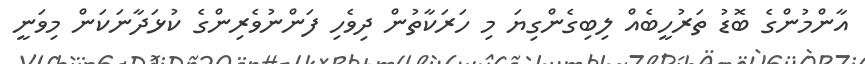
އާންމުންގެ ބޮޑު ތަރުހީބެއް ލިބިގެންގިޔަ މި ހަރަކާތުން ދިވެހި ފަންނުވެރިންގެ ކުޅަދާނަކަން މިވަނީ